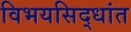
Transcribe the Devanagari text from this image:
विभयसिद्धांत